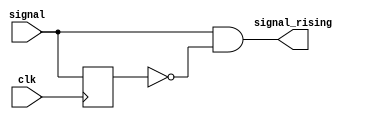
`timescale 1ns / 1ps

module posedge_detector (
  input signal,
  input clk,
  output signal_rising
);

reg signal_delay;

always @(posedge clk) signal_delay <= signal;

assign signal_rising = signal & ~signal_delay;

endmodule